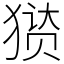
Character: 㺆